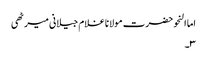
اما النحو حضرت مولانا غلام جیلانی میرٹھی
۳۔